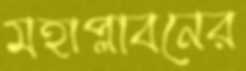
মহাপ্লাবনের